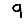
Digit: 9